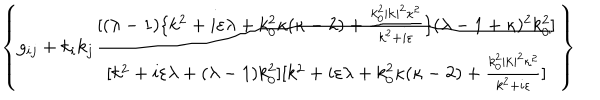
\left\{ g _ { i j } + k _ { i } k _ { j } \frac { [ ( \lambda - 1 ) \{ k ^ { 2 } + i \varepsilon \lambda + k _ { 0 } ^ { 2 } \kappa ( \kappa - 2 ) + \frac { k _ { 0 } ^ { 2 } | \mathbf { k } | ^ { 2 } \kappa ^ { 2 } } { k ^ { 2 } + i \varepsilon } \} ( \lambda - 1 + \kappa ) ^ { 2 } k _ { 0 } ^ { 2 } ] } { [ k ^ { 2 } + i \varepsilon \lambda + ( \lambda - 1 ) k _ { 0 } ^ { 2 } ] [ k ^ { 2 } + i \varepsilon \lambda + k _ { 0 } ^ { 2 } \kappa ( \kappa - 2 ) + \frac { k _ { 0 } ^ { 2 } | \mathbf { k } | ^ { 2 } \kappa ^ { 2 } } { k ^ { 2 } + i \varepsilon } ] } \right\}